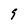
Character: 9